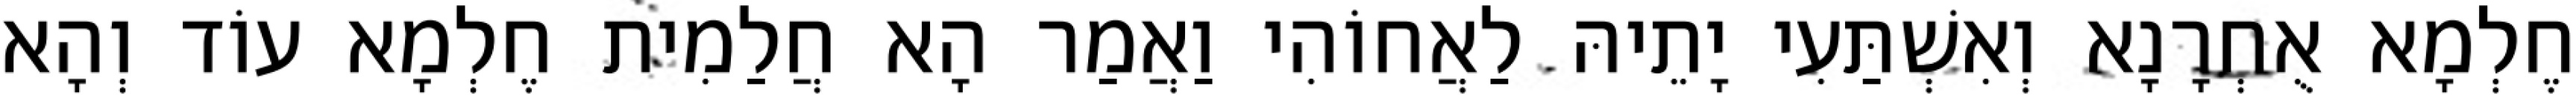
חֶלְמָא אֻחְרָנָא וְאִשְׁתַּעִי יָתֵיהּ לַאֲחוֹהִי וַאֲמַר הָא חֲלַמִית חֶלְמָא עוֹד וְהָא